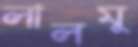
লালমু